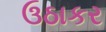
ઉઠાકર